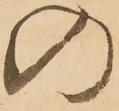
の